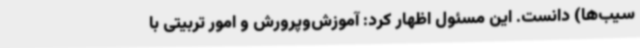
سیب‌ها) دانست. این مسئول اظهار کرد: آموزش‌وپرورش و امور تربیتی با